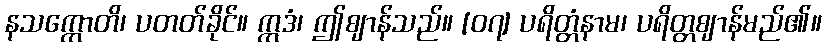
နသက္ကောတိ၊ ပတတ်ခိုင်။ ဣဒံ၊ ဤဈာန်သည်။ [၀၇] ပရိတ္တံနာမ၊ ပရိတ္တဈာန်မည်၏။